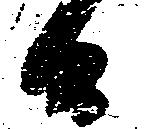
候